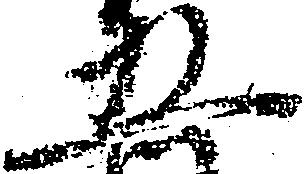
五